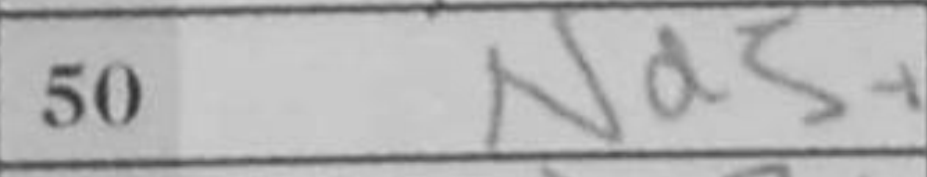
Transcription: Nd5+